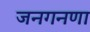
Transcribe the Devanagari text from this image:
जनगनणा